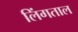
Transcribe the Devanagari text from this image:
लिंगताल